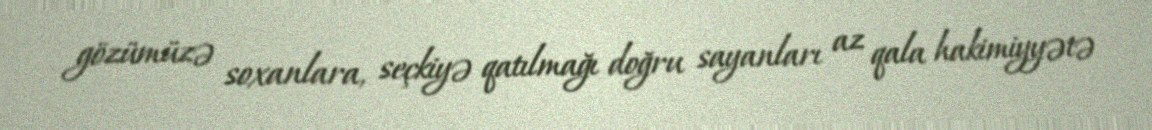
gözümüzə soxanlara, seçkiyə qatılmağı doğru sayanları az qala hakimiyyətə